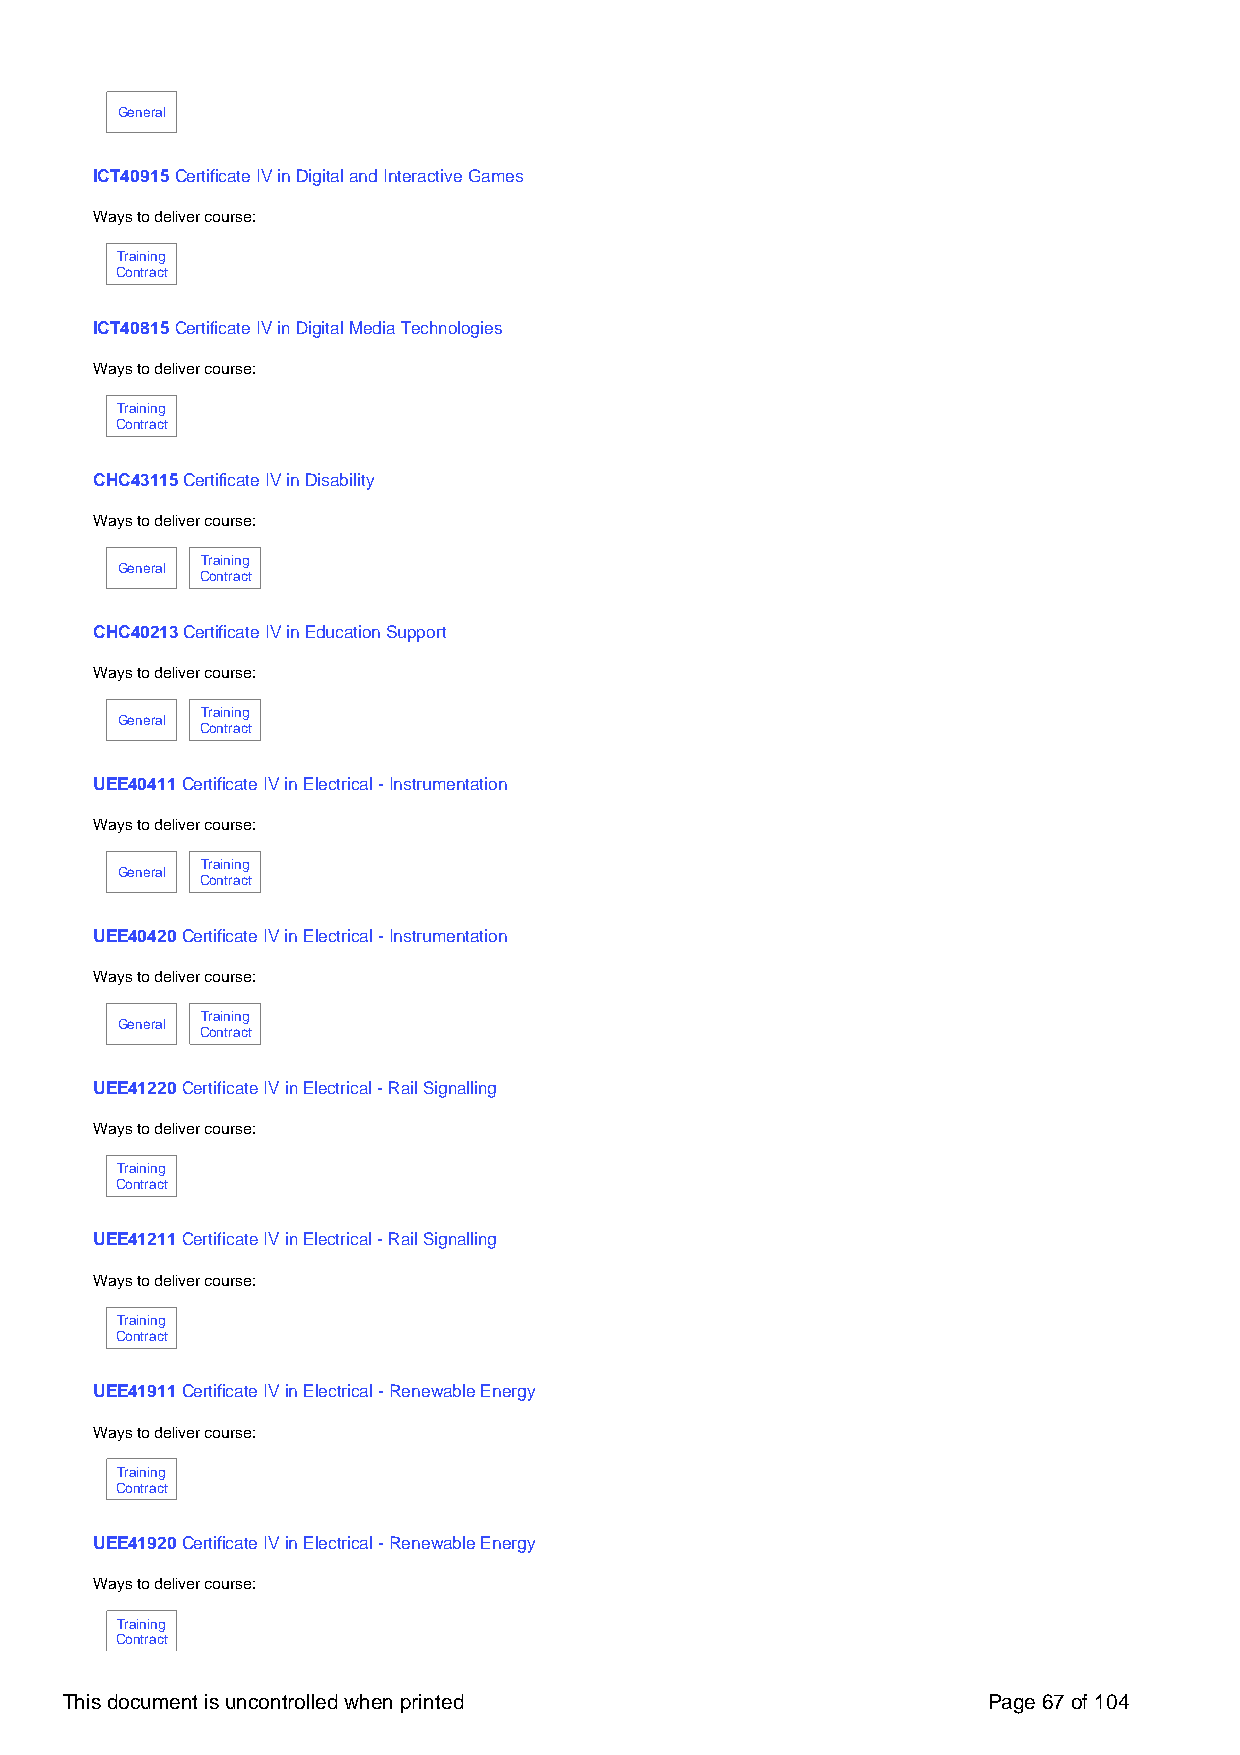
General
 ICT40915 Certificate IV in Digital and Interactive Games
 Ways to deliver course:
 Training
 Contract
 ICT40815 Certificate IV in Digital Media Technologies
 Ways to deliver course:
 Training
 Contract
 CHC43115 Certificate IV in Disability
 Ways to deliver course:
 Training
 General
 Contract
 CHC40213 Certificate IV in Education Support
 Ways to deliver course:
 Training
 General
 Contract
 UEE40411 Certificate IV in Electrical - Instrumentation
 Ways to deliver course:
 Training
 General
 Contract
 UEE40420 Certificate IV in Electrical - Instrumentation
 Ways to deliver course:
 Training
 General
 Contract
 UEE41220 Certificate IV in Electrical - Rail Signalling
 Ways to deliver course:
 Training
 Contract
 UEE41211 Certificate IV in Electrical - Rail Signalling
 Ways to deliver course:
 Training
 Contract
 UEE41911 Certificate IV in Electrical - Renewable Energy
 Ways to deliver course:
 Training
 Contract
 UEE41920 Certificate IV in Electrical - Renewable Energy
 Ways to deliver course:
 Training
 Contract
 This document is uncontrolled when printed                   Page 67 of 104